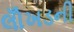
લોઁખડની